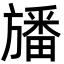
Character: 旙